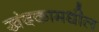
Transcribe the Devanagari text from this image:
खंदकामधील